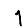
Digit: 1